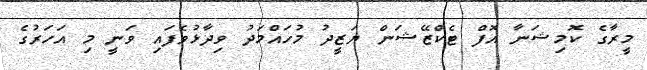
މީރާގެ ކޮމިޝަނާ އޮފް ޓެކްޒޭޝަން ޔަޒީދު މުހައްމަދު ވިދާޅުވެފައި ވަނީ މި އަހަރުގެ